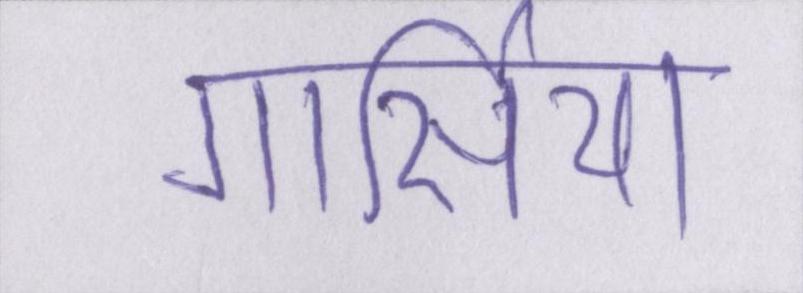
गार्सिया